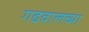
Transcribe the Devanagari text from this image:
गढवालच्या